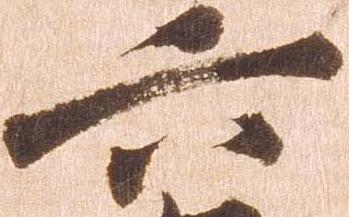
六